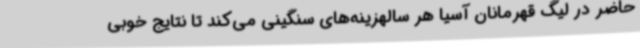
حاضر در لیگ قهرمانان آسیا هر سالهزینه‌های سنگینی می‌کند تا نتایج خوبی